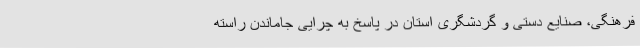
فرهنگی، صنایع دستی و گردشگری استان در پاسخ به چرایی جاماندن راسته